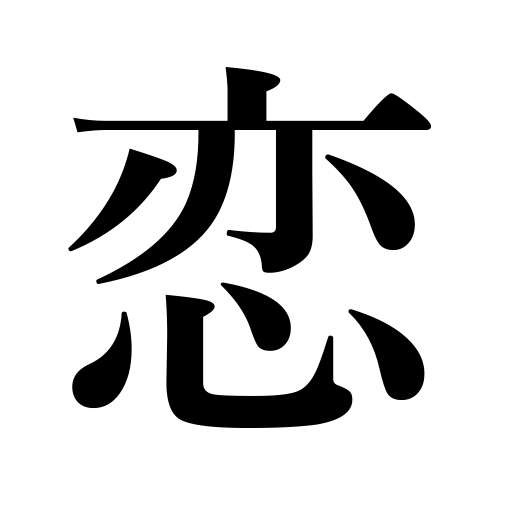
Meanings: darling,tender sentiment,dear,be in love,beloved,love